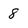
Character: 8